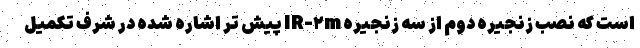
است که نصب زنجیره دوم از سه زنجیره IR-۲m پیش تر اشاره شده در شرف تکمیل